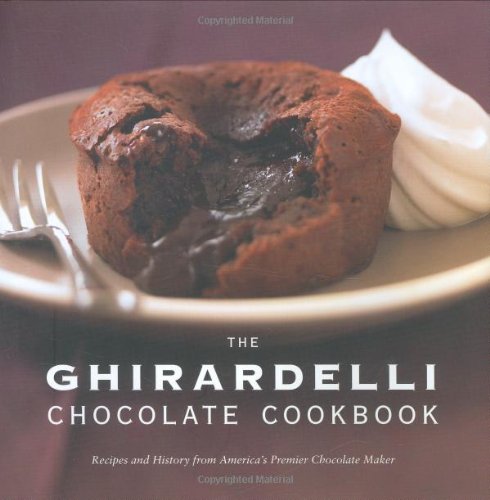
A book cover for The Ghirardelli Chocolate Cookbook: Recipes and History from America's Premier Chocolate Maker; Ghiradelli Chocolate Company; Cookbooks, Food & Wine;